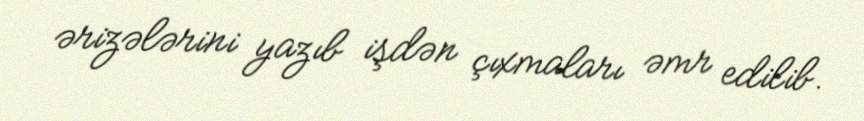
ərizələrini yazıb işdən çıxmaları əmr edilib.